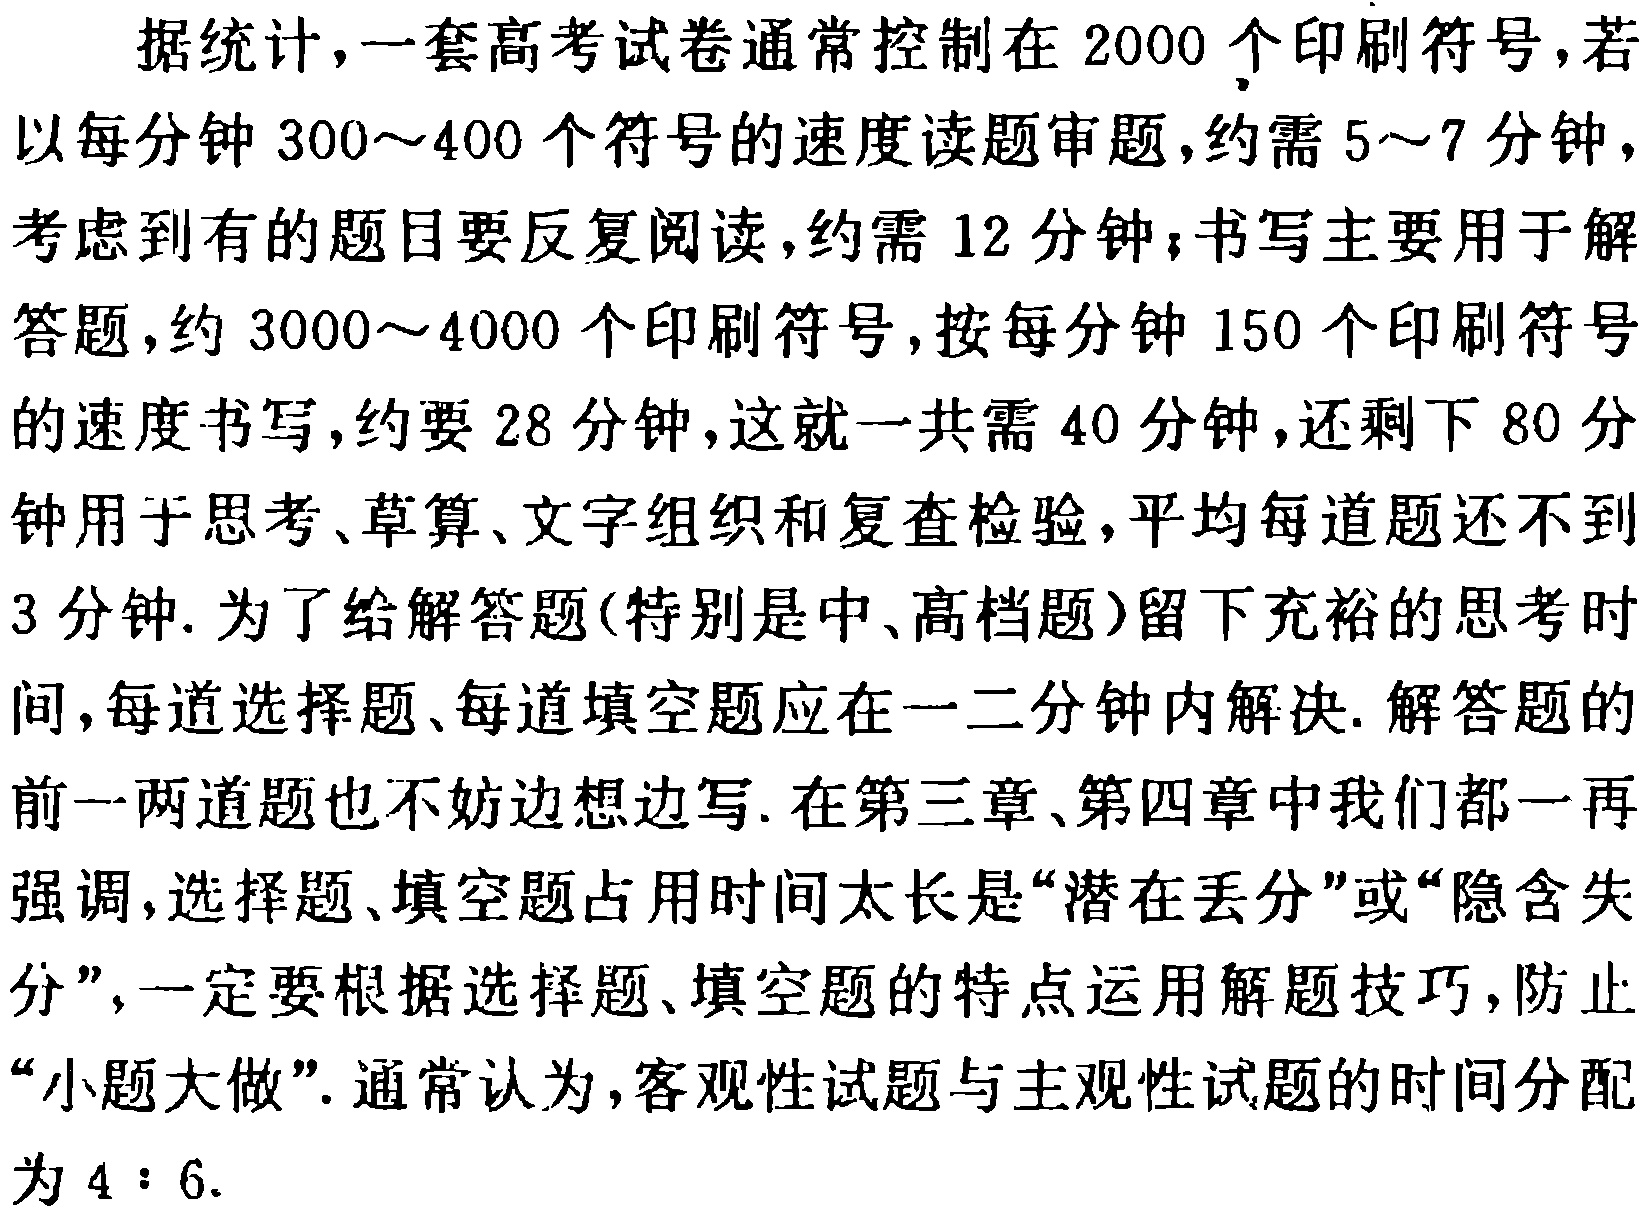
据统计，一套高考试卷通常控制在 2000 个印刷符号，若以每分钟 300\sim400 个符号的速度读题审题，约需 5\sim7 分钟，考虑到有的题目要反复阅读，约需 12 分钟；书写主要用于解答题，约 3000\sim4000 个印刷符号，按每分钟 150 个印刷符号的速度书写，约要 28 分钟，这就一共需 40 分钟，还剩下 80 分钟用于思考、草算、文字组织和复查检验，平均每道题还不到 3 分钟. 为了解答题(特别是中、高档题)留下充裕的思考时间，每道选择题、每道填空题应在一二分钟内解决. 解答题的前一两道题也不妨边想边写. 在第三章、第四章中我们都一再强调，选择题、填空题占用时间太长是“潜在丢分”或“隐含失分”，一定要根据选择题、填空题的特点运用解题技巧，防止“小题大做”. 通常认为，客观性试题与主观性试题的时间分配为 4：6.